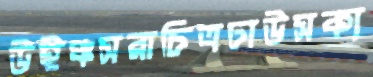
উইঞ্চসরাচিত্রঢাউসক্য